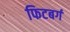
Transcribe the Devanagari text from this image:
फिटबर्ग